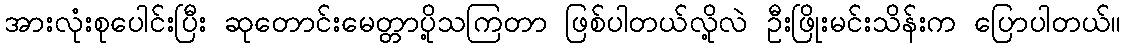
အားလုံးစုပေါင်းပြီး ဆုတောင်းမေတ္တာပို့သကြတာ ဖြစ်ပါတယ်လို့လဲ ဦးဖြိုးမင်းသိန်းက ပြောပါတယ်။